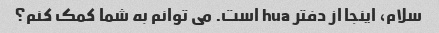
سلام، اینجا از دفتر hua است. می توانم به شما کمک کنم؟